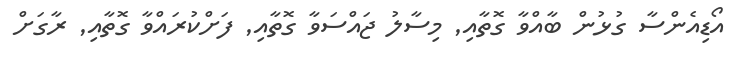
އޯޑިއެންސާ ގުޅުން ބާއްވާ ގޮތާއި